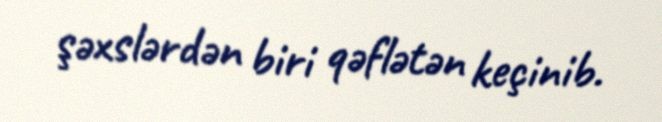
şəxslərdən biri qəflətən keçinib.